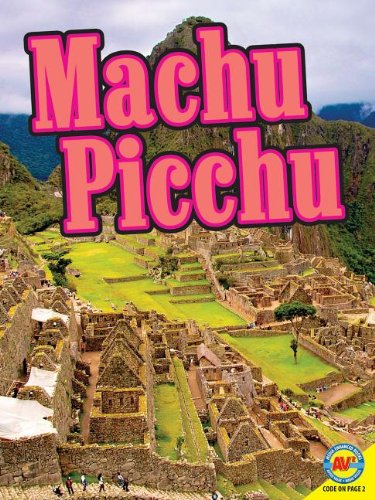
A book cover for Machu Picchu with Code (Virtual Field Trip); Gillian Richardson; Children's Books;